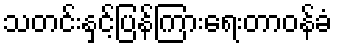
သတင်းနှင့်ပြန်ကြားရေးတာဝန်ခံ